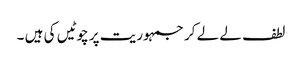
لطف لے لے کر جمہوریت پر چوٹیں کی ہیں ۔